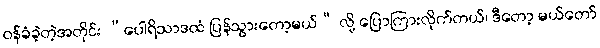
ဝန်ခံခဲ့တဲ့အတိုင်း “ပေါရိသာဒထံ ပြန်သွားတော့မယ်” လို့ ပြောကြားလိုက်တယ်၊ ဒီတော့ မယ်တော်